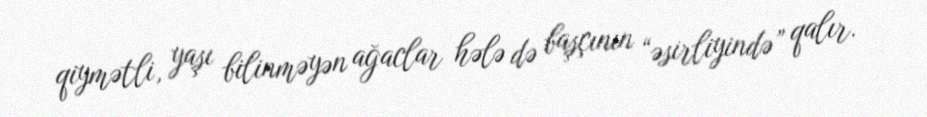
qiymətli, yaşı bilinməyən ağaclar hələ də başçının “əsirliyində” qalır.